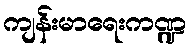
ကျန်းမာရေးကဏ္ဍ